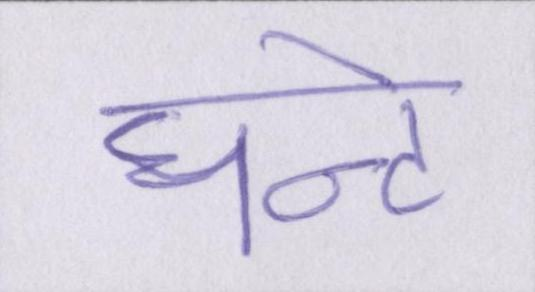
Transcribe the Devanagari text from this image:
घन्टे